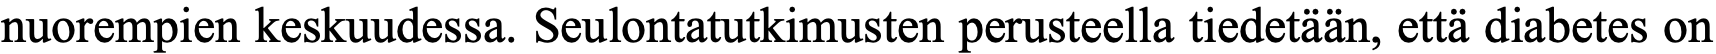
nuorempien keskuudessa. Seulontatutkimusten perusteella tiedetään, että diabetes on